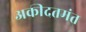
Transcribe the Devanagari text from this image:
अकीदतमंत